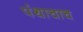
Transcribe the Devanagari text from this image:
पंथाचाच